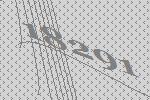
18291